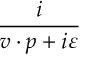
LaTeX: \frac i { v \cdot p + i \varepsilon }